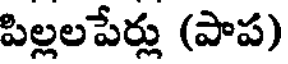
పిల్లలపేర్లు (పాప)